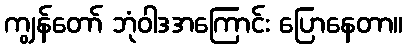
ကျွန်တော် ဘုံဝါဒအကြောင်း ပြောနေတာ။